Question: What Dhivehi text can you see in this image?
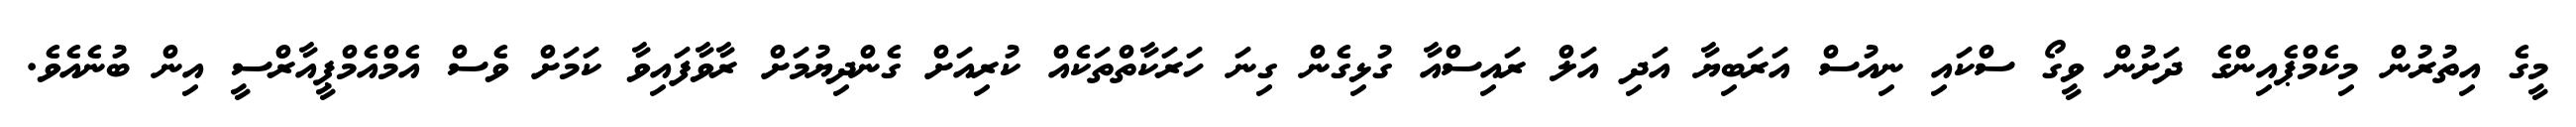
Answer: މީގެ އިތުރުން މިކެމްޕެއިންގެ ދަށުން ވީގޯ ސްކައި ނިއުސް އަރަބިޔާ އަދި އަލް ރައިސްއާ ގުޅިގެން ގިނަ ހަރަކާތްތަކެއް ކުރިއަށް ގެންދިޔުމަށް ރާވާފައިވާ ކަމަށް ވެސް އެމްއެމްޕީއާރްސީ އިން ބުނެއެވެ.